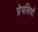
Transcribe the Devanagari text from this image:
प्रेयसियों